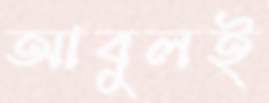
আবুলই